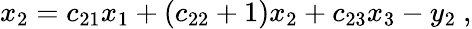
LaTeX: x_{2}=c_{21}x_{1}+\left(c_{22}+1\right)x_{2}+c_{23}x_{3}-y_{2}\ ,